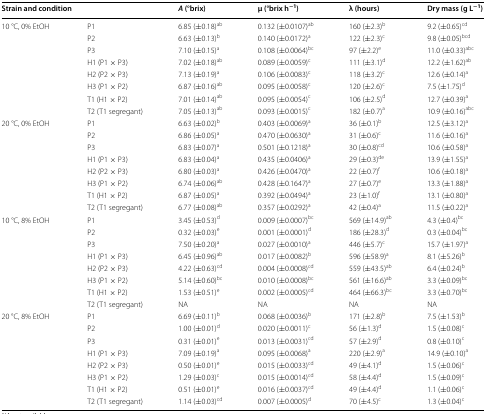
<table><thead><tr><td colspan="2"><b>Strain and condition</b></td><td><b><i>A</i> (°brix)</b></td><td><b>μ (°brix h<sup>−1</sup>)</b></td><td><b>λ (hours)</b></td><td><b>Dry mass (g L<sup>−1</sup>)</b></td></tr></thead><tbody><tr><td rowspan="8">10 °C, 0% EtOH</td><td>P1</td><td>6.85 (±0.18)<sup>ab</sup></td><td>0.132 (±0.0107)<sup>ab</sup></td><td>160 (±2.3)<sup>b</sup></td><td>9.2 (±0.65)<sup>cd</sup></td></tr><tr><td>P2</td><td>6.63 (±0.13)<sup>b</sup></td><td>0.140 (±0.0172)<sup>a</sup></td><td>122 (±2.3)<sup>c</sup></td><td>9.8 (±0.05)<sup>bcd</sup></td></tr><tr><td>P3</td><td>7.10 (±0.15)<sup>a</sup></td><td>0.108 (±0.0064)<sup>bc</sup></td><td>97 (±2.2)<sup>e</sup></td><td>11.0 (±0.33)<sup>abc</sup></td></tr><tr><td>H1 (P1 × P3)</td><td>7.02 (±0.18)<sup>ab</sup></td><td>0.089 (±0.0059)<sup>c</sup></td><td>111 (±3.1)<sup>d</sup></td><td>12.2 (±1.62)<sup>ab</sup></td></tr><tr><td>H2 (P2 × P3)</td><td>7.13 (±0.19)<sup>a</sup></td><td>0.106 (±0.0083)<sup>c</sup></td><td>118 (±3.2)<sup>c</sup></td><td>12.6 (±0.14)<sup>a</sup></td></tr><tr><td>H3 (P1 × P2)</td><td>6.87 (±0.16)<sup>ab</sup></td><td>0.095 (±0.0058)<sup>c</sup></td><td>120 (±2.6)<sup>c</sup></td><td>7.5 (±1.75)<sup>d</sup></td></tr><tr><td>T1 (H1 × P2)</td><td>7.01 (±0.14)<sup>ab</sup></td><td>0.095 (±0.0054)<sup>c</sup></td><td>106 (±2.5)<sup>d</sup></td><td>12.7 (±0.39)<sup>a</sup></td></tr><tr><td>T2 (T1 segregant)</td><td>7.05 (±0.13)<sup>ab</sup></td><td>0.093 (±0.0015)<sup>c</sup></td><td>182 (±0.7)<sup>a</sup></td><td>10.9 (±0.16)<sup>abc</sup></td></tr><tr><td rowspan="8">20 °C, 0% EtOH</td><td>P1</td><td>6.63 (±0.02)<sup>b</sup></td><td>0.403 (±0.0069)<sup>a</sup></td><td>36 (±0.1)<sup>b</sup></td><td>12.5 (±3.12)<sup>a</sup></td></tr><tr><td>P2</td><td>6.86 (±0.05)<sup>a</sup></td><td>0.470 (±0.0630)<sup>a</sup></td><td>31 (±0.6)<sup>c</sup></td><td>11.6 (±0.16)<sup>a</sup></td></tr><tr><td>P3</td><td>6.83 (±0.07)<sup>a</sup></td><td>0.501 (±0.1218)<sup>a</sup></td><td>30 (±0.8)<sup>cd</sup></td><td>10.6 (±0.58)<sup>a</sup></td></tr><tr><td>H1 (P1 × P3)</td><td>6.83 (±0.04)<sup>a</sup></td><td>0.435 (±0.0406)<sup>a</sup></td><td>29 (±0.3)<sup>de</sup></td><td>13.9 (±1.55)<sup>a</sup></td></tr><tr><td>H2 (P2 × P3)</td><td>6.80 (±0.03)<sup>a</sup></td><td>0.426 (±0.0470)<sup>a</sup></td><td>22 (±0.7)<sup>f</sup></td><td>10.6 (±0.18)<sup>a</sup></td></tr><tr><td>H3 (P1 × P2)</td><td>6.74 (±0.06)<sup>ab</sup></td><td>0.428 (±0.1647)<sup>a</sup></td><td>27 (±0.7)<sup>e</sup></td><td>13.3 (±1.88)<sup>a</sup></td></tr><tr><td>T1 (H1 × P2)</td><td>6.87 (±0.05)<sup>a</sup></td><td>0.392 (±0.0494)<sup>a</sup></td><td>23 (±1.0)<sup>f</sup></td><td>13.1 (±0.80)<sup>a</sup></td></tr><tr><td>T2 (T1 segregant)</td><td>6.77 (±0.08)<sup>ab</sup></td><td>0.357 (±0.0292)<sup>a</sup></td><td>42 (±0.4)<sup>a</sup></td><td>11.5 (±0.22)<sup>a</sup></td></tr><tr><td rowspan="8">10 °C, 8% EtOH</td><td>P1</td><td>3.45 (±0.53)<sup>d</sup></td><td>0.009 (±0.0007)<sup>bc</sup></td><td>569 (±14.9)<sup>ab</sup></td><td>4.3 (±0.4)<sup>bc</sup></td></tr><tr><td>P2</td><td>0.32 (±0.03)<sup>e</sup></td><td>0.001 (±0.0001)<sup>d</sup></td><td>186 (±28.3)<sup>d</sup></td><td>0.3 (±0.04)<sup>bc</sup></td></tr><tr><td>P3</td><td>7.50 (±0.20)<sup>a</sup></td><td>0.027 (±0.0010)<sup>a</sup></td><td>446 (±5.7)<sup>c</sup></td><td>15.7 (±1.97)<sup>a</sup></td></tr><tr><td>H1 (P1 × P3)</td><td>6.45 (±0.96)<sup>ab</sup></td><td>0.017 (±0.0082)<sup>b</sup></td><td>596 (±58.9)<sup>a</sup></td><td>8.1 (±5.26)<sup>b</sup></td></tr><tr><td>H2 (P2 × P3)</td><td>4.22 (±0.63)<sup>cd</sup></td><td>0.004 (±0.0008)<sup>cd</sup></td><td>559 (±43.5)<sup>ab</sup></td><td>6.4 (±0.24)<sup>b</sup></td></tr><tr><td>H3 (P1 × P2)</td><td>5.14 (±0.60)<sup>bc</sup></td><td>0.010 (±0.0008)<sup>bc</sup></td><td>561 (±16.6)<sup>ab</sup></td><td>3.3 (±0.09)<sup>bc</sup></td></tr><tr><td>T1 (H1 × P2)</td><td>1.53 (±0.51)<sup>e</sup></td><td>0.002 (±0.0005)<sup>cd</sup></td><td>464 (±66.3)<sup>bc</sup></td><td>3.3 (±0.70)<sup>bc</sup></td></tr><tr><td>T2 (T1 segregant)</td><td>NA</td><td>NA</td><td>NA</td><td>NA</td></tr><tr><td rowspan="8">20 °C, 8% EtOH</td><td>P1</td><td>6.69 (±0.11)<sup>b</sup></td><td>0.068 (±0.0036)<sup>b</sup></td><td>171 (±2.8)<sup>b</sup></td><td>7.5 (±1.53)<sup>b</sup></td></tr><tr><td>P2</td><td>1.00 (±0.01)<sup>d</sup></td><td>0.020 (±0.0011)<sup>c</sup></td><td>56 (±1.3)<sup>d</sup></td><td>1.5 (±0.08)<sup>c</sup></td></tr><tr><td>P3</td><td>0.31 (±0.01)<sup>e</sup></td><td>0.013 (±0.0031)<sup>cd</sup></td><td>57 (±2.9)<sup>d</sup></td><td>0.8 (±0.10)<sup>c</sup></td></tr><tr><td>H1 (P1 × P3)</td><td>7.09 (±0.19)<sup>a</sup></td><td>0.095 (±0.0068)<sup>a</sup></td><td>220 (±2.9)<sup>a</sup></td><td>14.9 (±0.10)<sup>a</sup></td></tr><tr><td>H2 (P2 × P3)</td><td>0.50 (±0.01)<sup>e</sup></td><td>0.015 (±0.0033)<sup>cd</sup></td><td>49 (±4.1)<sup>d</sup></td><td>1.5 (±0.06)<sup>c</sup></td></tr><tr><td>H3 (P1 × P2)</td><td>1.29 (±0.03)<sup>c</sup></td><td>0.015 (±0.0014)<sup>cd</sup></td><td>58 (±4.4)<sup>d</sup></td><td>1.5 (±0.09)<sup>c</sup></td></tr><tr><td>T1 (H1 × P2)</td><td>0.51 (±0.01)<sup>e</sup></td><td>0.016 (±0.0037)<sup>cd</sup></td><td>49 (±4.4)<sup>d</sup></td><td>1.1 (±0.06)<sup>c</sup></td></tr><tr><td>T2 (T1 segregant)</td><td>1.14 (±0.03)<sup>cd</sup></td><td>0.007 (±0.0005)<sup>d</sup></td><td>70 (±4.5)<sup>c</sup></td><td>1.3 (±0.04)<sup>c</sup></td></tr></tbody></table>